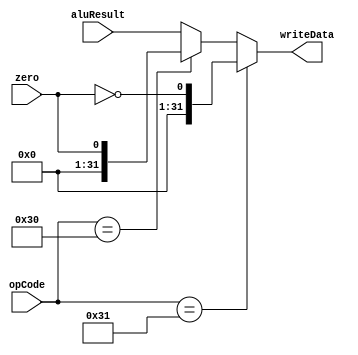
`timescale 1ns / 1ps
//////////////////////////////////////////////////////////////////////////////////
// Company: 
// Engineer: 
// 
// Design Name: 
// Module Name: mux
// Project Name: 
// Target Devices: 
// Tool Versions: 
// Description: 
// 
// Dependencies: 
// 
// Revision:
// Revision 0.01 - File Created
// Additional Comments:
// 
//////////////////////////////////////////////////////////////////////////////////


module mux(
    input [31:0] aluResult,
    input zero,
    input [5:0] opCode,
    output reg[31:0] writeData
    );
    always @(aluResult or zero or opCode ) begin
        if (opCode == 6'b110001) //bne
            writeData = !zero;
        else if(opCode == 6'b110000)//beq
            writeData = zero;
        else
            writeData = aluResult;
    end
endmodule